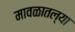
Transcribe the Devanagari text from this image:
मावळातल्या